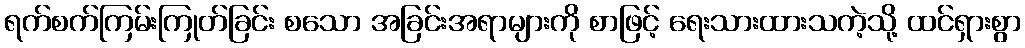
ရက်စက်ကြမ်းကြုတ်ခြင်း စသော အခြင်းအရာများကို စာဖြင့် ရေးသားထားသကဲ့သို့ ထင်ရှားစွာ